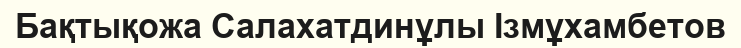
Бақтықожа Салахатдинұлы Ізмұхамбетов